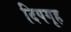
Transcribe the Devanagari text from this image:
दिपगृह